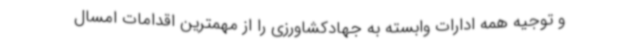
و توجیه همه ادارات وابسته به جهادکشاورزی را از مهمترین اقدامات امسال